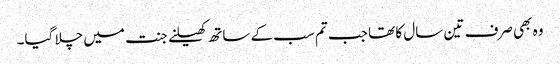
وہ بھی صرف تین سال کا تھا جب تم سب کے ساتھ کھیلنے جنت میں چلا گیا۔